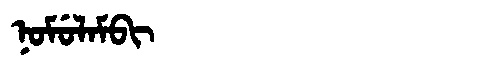
Manchu: ᠨᠣᠮᡠᠯᠠᠮᠪᡳ
Romanization: NOMULAMBI